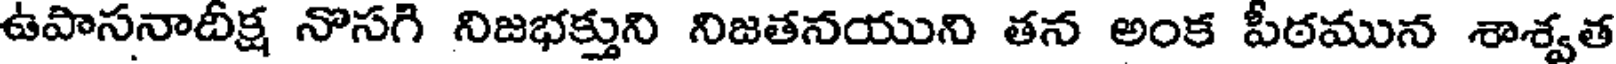
ఉపాసనాదీక్ష నొసగి నిజభక్తుని నిజతనయుని తన అంక పీఠమున శాశ్వత